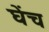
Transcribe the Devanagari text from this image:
घेंच